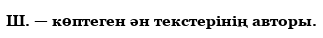
Ш. — көптеген ән текстерінің авторы.